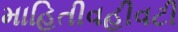
માહિતીવહીવટી